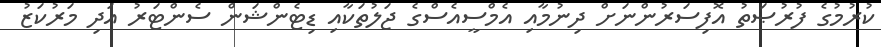
ކުރުމުގެ ފުރުޞަތު އޮފިސަރުންނަށް ދިނުމާއި އެމްސީއެސްގެ ޖަލުތަކާއި ޑިޓެންޝަން ސެންޓަރު އަދި މަރުކަޒު